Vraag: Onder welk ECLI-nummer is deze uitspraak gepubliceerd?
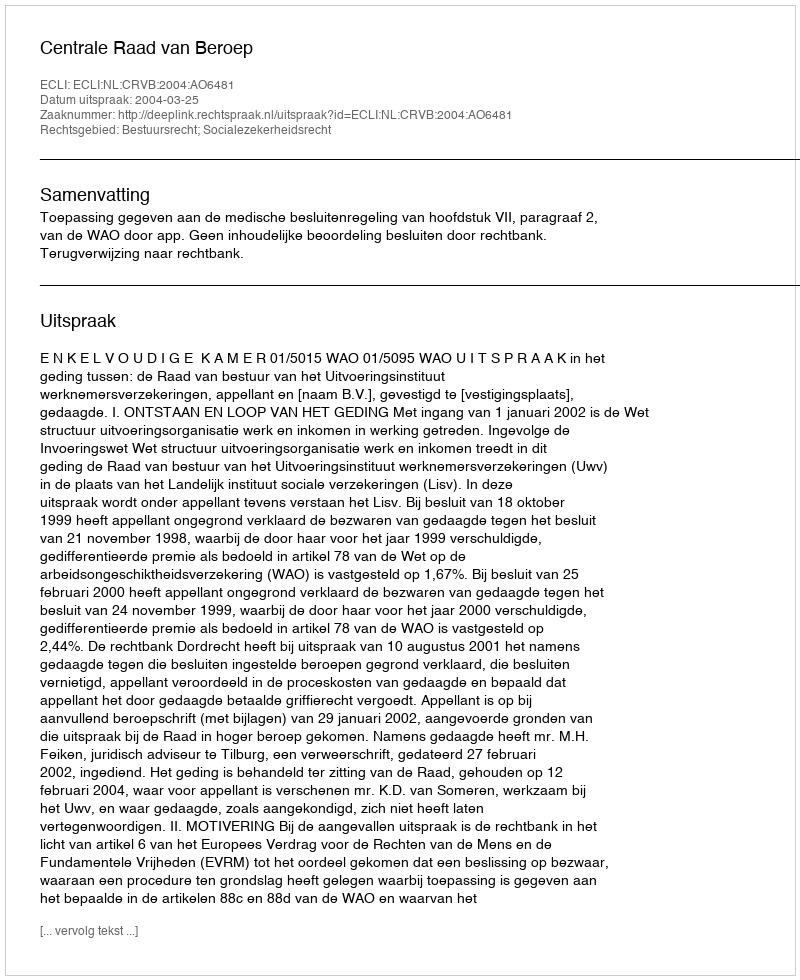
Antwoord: ECLI:NL:CRVB:2004:AO6481